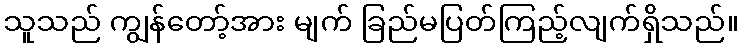
သူသည် ကျွန်တော့်အား မျက် ခြည်မပြတ်ကြည့်လျက်ရှိသည်။